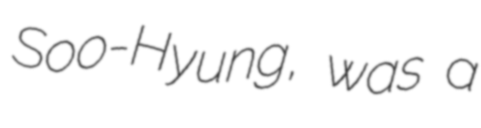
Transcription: Soo-Hyung, was a